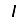
Digit: 1